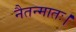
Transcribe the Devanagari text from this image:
नैतन्मातः।